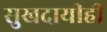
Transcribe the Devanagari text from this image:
सुखदायीही